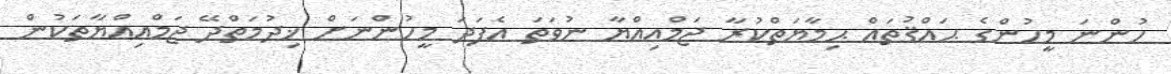
ހުންނަ މީހުންގެ ޙައްޤުތައް ޙިމާޔަތްކުރާ ޖަމްޢިއްޔާ ނުވަތަ އެފަދަ މީހުންނަށް ޚިދުމަތްދޭ ޖަމްޢިއްޔާތަކުން